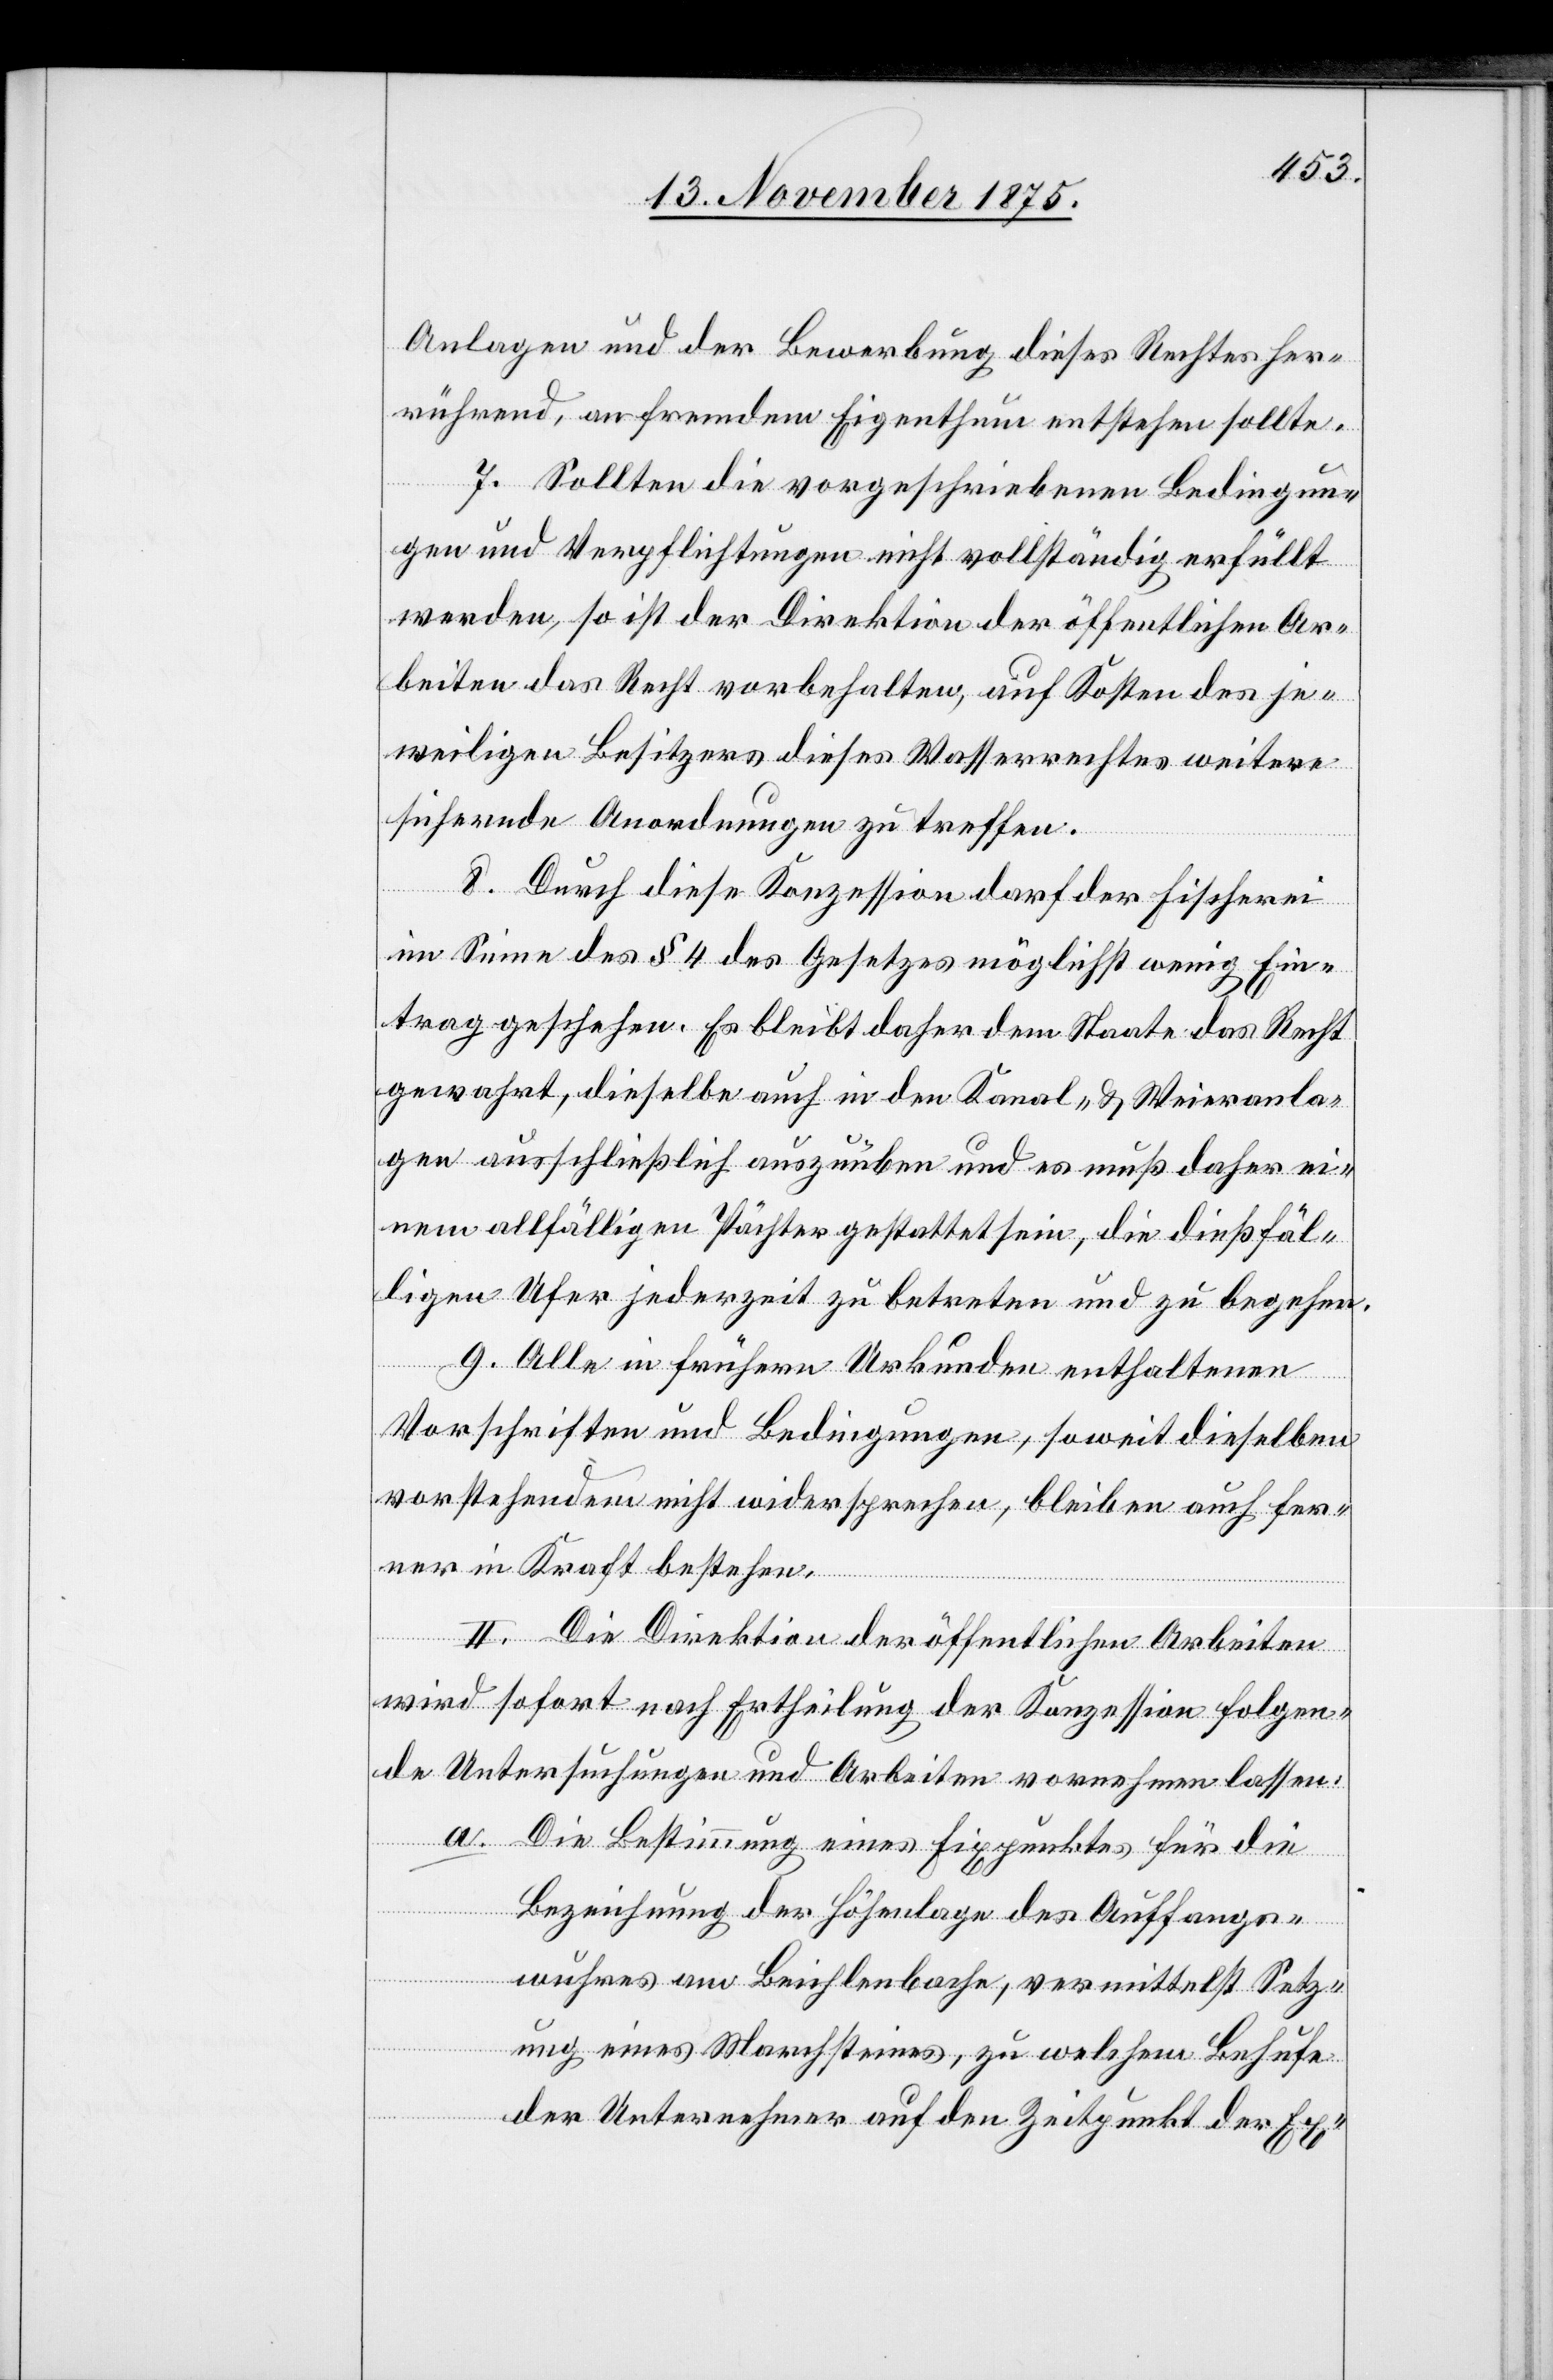
Anlagen und der Bewerbung dieses Rechtes her¬
rührend, an fremdem Eigenthum entstehen sollte.
7. Sollten die vorgeschriebenen Bedingun¬
gen und Verpflichtungen nicht vollständig erfüllt
werden, so ist der Direktion der öffentlichen Ar¬
beiten das Recht vorbehalten, auf Kosten des je¬
weiligen Besitzers dieses Wasserrechtes weitere
sichernde Anordnungen zu treffen.
8. Durch diese Konzession darf der Fischerei
im Sinne des § 4 des Gesetzes möglichst wenig Ein¬
trag geschehen. Es bleibt daher dem Staate das Recht
gewahrt, dieselbe auch in den Kanal- & Weieranla¬
gen ausschließlich auszuüben und es muß daher ei¬
nem allfälligen Pächter gestattet sein, die dießfäl¬
ligen Ufer jederzeit zu betreten und zu begehen.
9. Alle in frühern Urkunden enthaltenen
Vorschriften und Bedingungen, soweit dieselben
vorstehendem [sic!] nicht widersprechen, bleiben auch fer¬
ner in Kraft bestehen.
II. Die Direktion der öffentlichen Arbeiten
wird sofort nach Ertheilung der Konzession folgen¬
de Untersuchungen und Arbeiten vornehmen lassen:
a. Die Bestimmung eines Fixpunktes für die
Bezeichnung der Höhenlage des Auffangs¬
wuhres am Beichlenbache, vermittelst Setz¬
ung eines Marchsteines, zu welchem Behufe
der Unternehmer auf den Zeitpunkt der Ex-